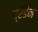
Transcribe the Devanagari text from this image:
ब्रेंडैन